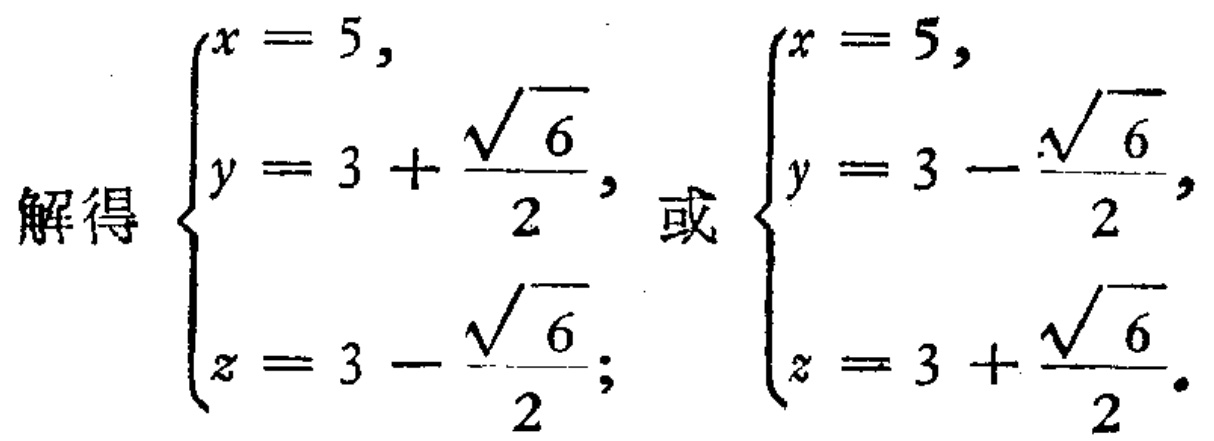
解得
\(\begin{cases}
x = 5,\\
y = 3 + \dfrac{\sqrt{6}}{2},\\
z = 3 - \dfrac{\sqrt{6}}{2};
\end{cases}\)或\(\begin{cases}
x = 5,\\
y = 3 - \dfrac{\sqrt{6}}{2},\\
z = 3 + \dfrac{\sqrt{6}}{2}.
\end{cases}\)